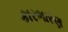
કારભારણ